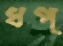
ধপ্